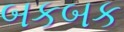
બકબક